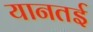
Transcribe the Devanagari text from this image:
यानतई